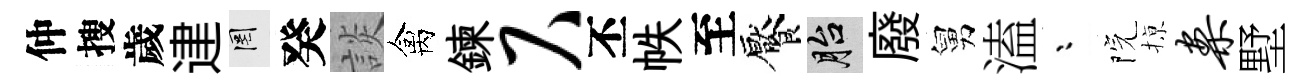
仲搜歲䢖罔癸談禽鍊尺丕帙至饜胎廢舅溘漸院𢱊案墅